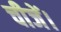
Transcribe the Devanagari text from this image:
चीजें।